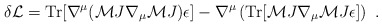
\begin{align*}\delta{\cal L} = {\rm Tr}[\nabla^\mu({\cal M}J\nabla_\mu{\cal M}J)\epsilon] - \nabla^\mu \left({\rm Tr} [ {\cal M}J\nabla_\mu{\cal M}J\epsilon ] \right) \ .\end{align*}